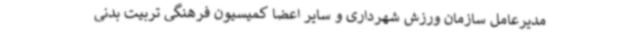
مدیرعامل سازمان ورزش شهرداری و سایر اعضا کمیسیون فرهنگی تربیت بدنی